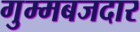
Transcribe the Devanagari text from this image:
गुम्मबजदार